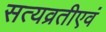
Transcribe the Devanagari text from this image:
सत्यव्रतीएवं